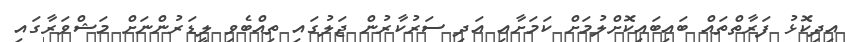
އިދިކޮޅު ފަރާތްތައް ބައިބައިކޮށްލުމަށް ކަމަށާއި އަދި ސަރުކާރުން ޖަލުގައި ތިއްބެވި ލީޑަރުންނަށް މަޝްވަރާގައި